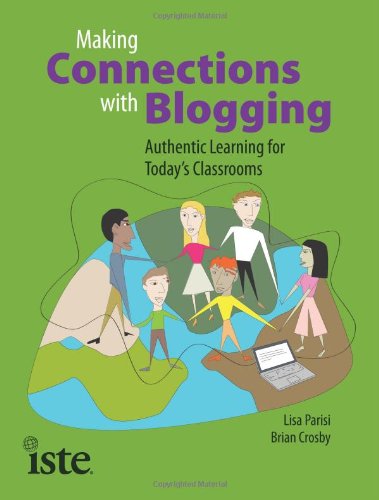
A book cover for Making Connections with Blogging: Authentic Learning for Today's Classrooms; Lisa Parisi; Computers & Technology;